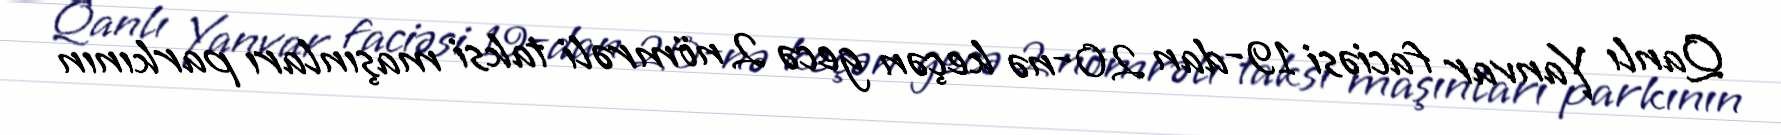
Qanlı Yanvar faciəsi 19-dan 20-nə keçən gecə 2 nömrəli taksi maşınları parkının